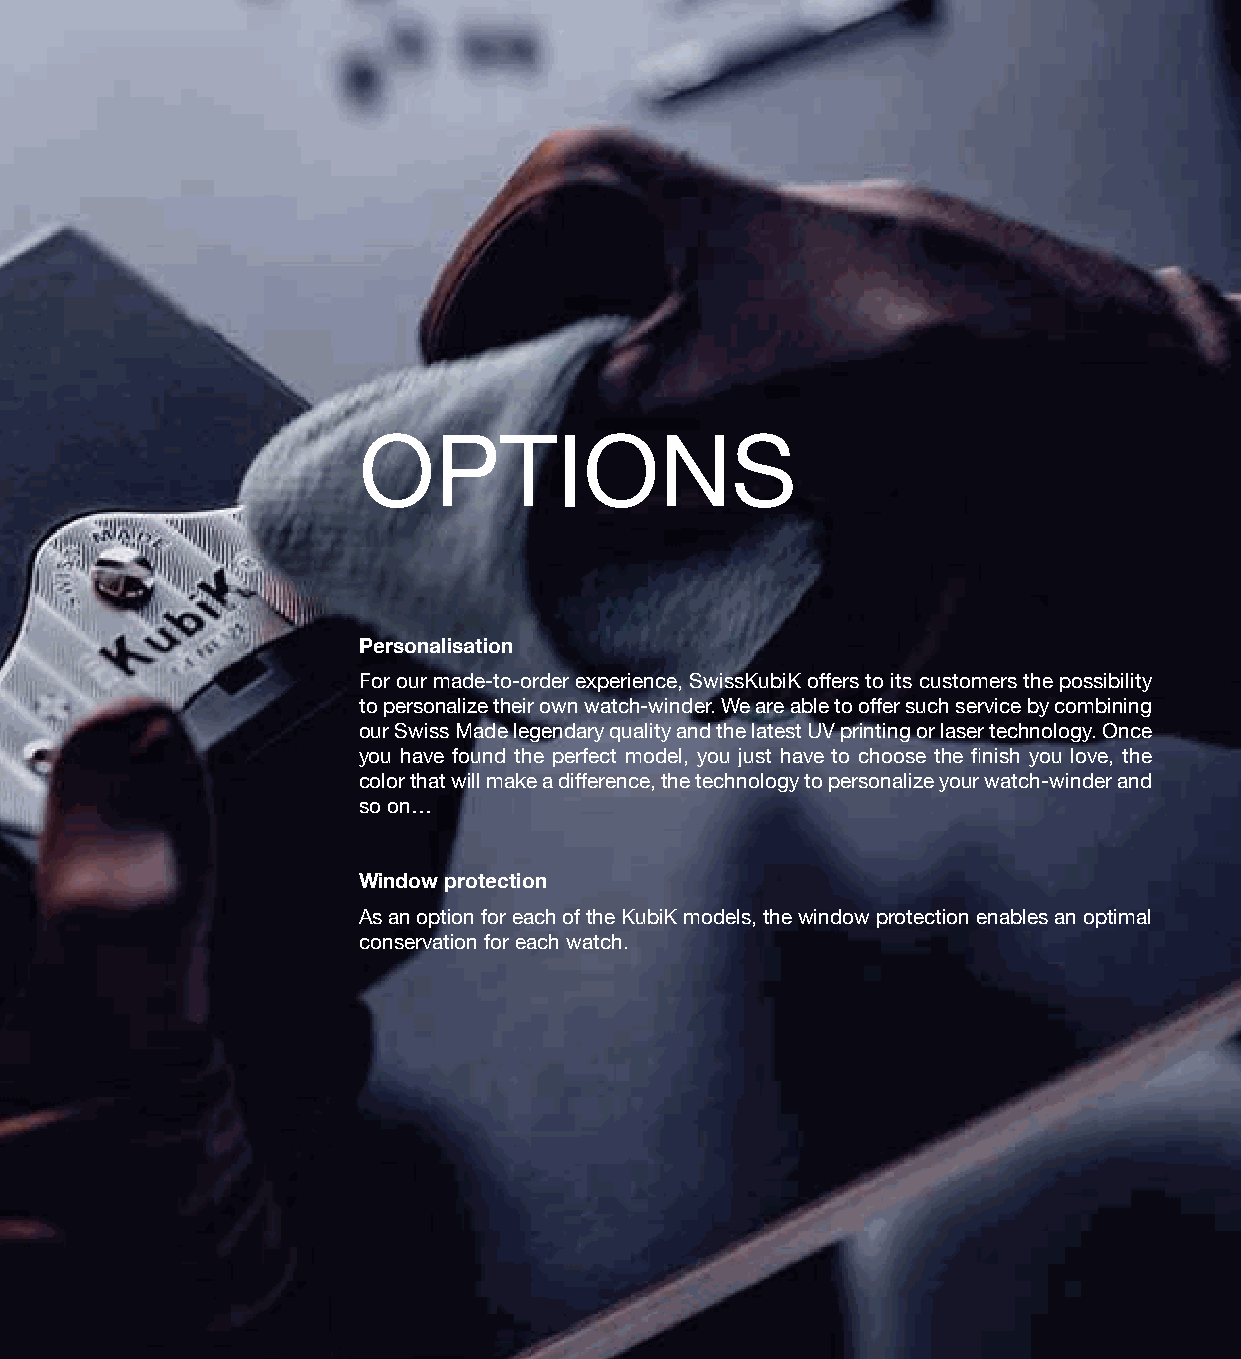
OPTIONS
 Personalisation
 For our made-to-order experience, SwissKubiK offers to its customers the possibility
 to personalize their own watch-winder. We are able to offer such service by combining
 our Swiss Made legendary quality and the latest UV printing or laser technology. Once
 you have found the perfect model, you just have to choose the finish you love, the
 color that will make a difference, the technology to personalize your watch-winder and
 so on…
 Window protection
 As an option for each of the KubiK models, the window protection enables an optimal
 conservation for each watch.